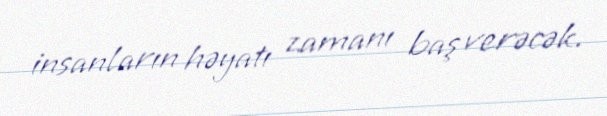
insanların həyatı zamanı baş verəcək.